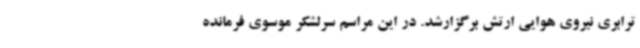
ترابری نیروی هوایی ارتش برگزارشد. در این مراسم سرلشکر موسوی فرمانده